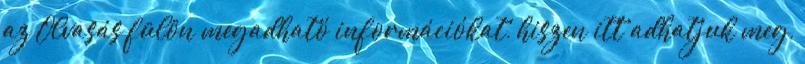
az Olvasás fülön megadható információkat, hiszen itt adhatjuk meg,